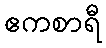
ဧကစာရီ